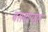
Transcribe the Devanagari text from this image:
बसवण्‍यास